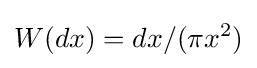
W(dx)=dx/(\pi x^{2})